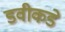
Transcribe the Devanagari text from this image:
डवीकडे